Civil Veterinary Department. Central Provinces & Berar 1925-31 - 1925-1931
Year: 1925
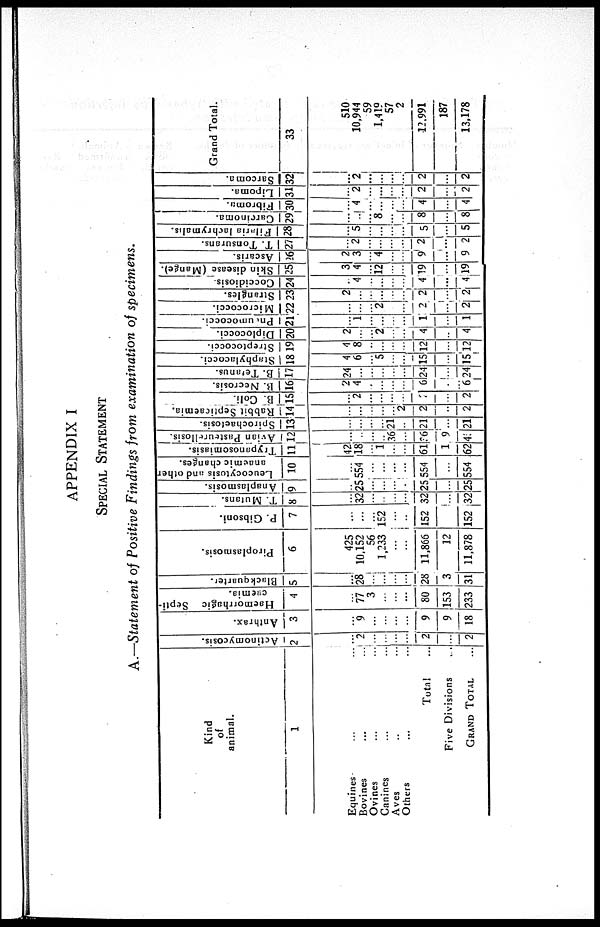
APPENDIX I
SPECIAL STATEMENT
A.—Statement of Positive Findings from examination of specimens.
Kind
of
animal.
1
Equines ... ...
Bovines ... ...
Ovines ... ...
Canines ... ...
Aves ... ...
Others ... ...
Total ...
Five Divisions ...
GRAND TOTAL ...
Actinomycosis.
2
...
2
...
...
...
...
2
2
Anthrax.
3
...
9
...
...
...
...
9
9
18
Haemorrhagic Septi-
caemia.
4
...
77
3
...
...
...
80
153
233
Black quarter.
5
...
28
...
...
...
...
28
3
31
Piroplasmosis.
6
425
10,152
56
1,233
...
...
11,866
12
11,878
P. Gibsoni.
7
...
...
...
152
...
..
152
152
T. Mutans.
8
...
32
...
...
...
...
32
...
32
Anaplasmosis.
9
...
25
...
...
...
...
25
...
25
Leucocytosis and other
anaemic changes.
10
...
554
...
...
...
...
554
...
554
Trypanosomiasis.
11
4?
18
...
1
...
...
61
1
62
Avian Pasteurellosis.
12
...
...
...
...
36
...
36
9
45
Spirochaetosis.
13
...
...
...
...
21
...
21
...
21
Rabbit Septicaemia.
14
...
...
...
...
...
2
2
...
2
B. Coli.
15
...
2
...
...
...
...
2
...
2
B. Necrosis.
16
2
4
...
...
...
...
6
...
6
B. Tetanus.
17
24
...
...
...
...
...
24
...
24
Staphylacocci.
18
4
6
...
5
...
...
15
...
15
Streptococci.
19
4
8
...
...
...
...
12
...
12
Diplococci.
20
2
...
...
2
...
...
4
...
4
Pnoumococci.
21
...
1
...
...
...
...
1
...
1
Micrococci.
22
...
...
...
2
...
...
2
...
2
Strangles.
23
2
...
...
...
...
2
...
2
Coccidiosis.
24
...
4
...
...
...
...
4
...
4
Skin disease (Mange).
25
3
4
...
12
...
...
19
...
19
Ascaris.
26
2
3
...
4
...
...
9
...
9
T. Tonsurans.
27
...
2
...
...
...
...
2
...
2
Filaria lachrymalis.
28
...
5
...
...
...
5
...
5
Carcinoma.
29
...
..
...
8
...
8
...
8
Fibroma.
30
...
4
...
...
...
4
...
4
Lipoma.
31
...
2
...
...
...
2
...
2
Sarcoma.
32
...
2
...
...
...
2
...
2
Grand Total.
33
510
10,944
59
1,419
57
2
12.991
187
13,178